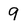
Character: 9